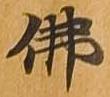
仏